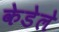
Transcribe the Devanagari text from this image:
केडेले